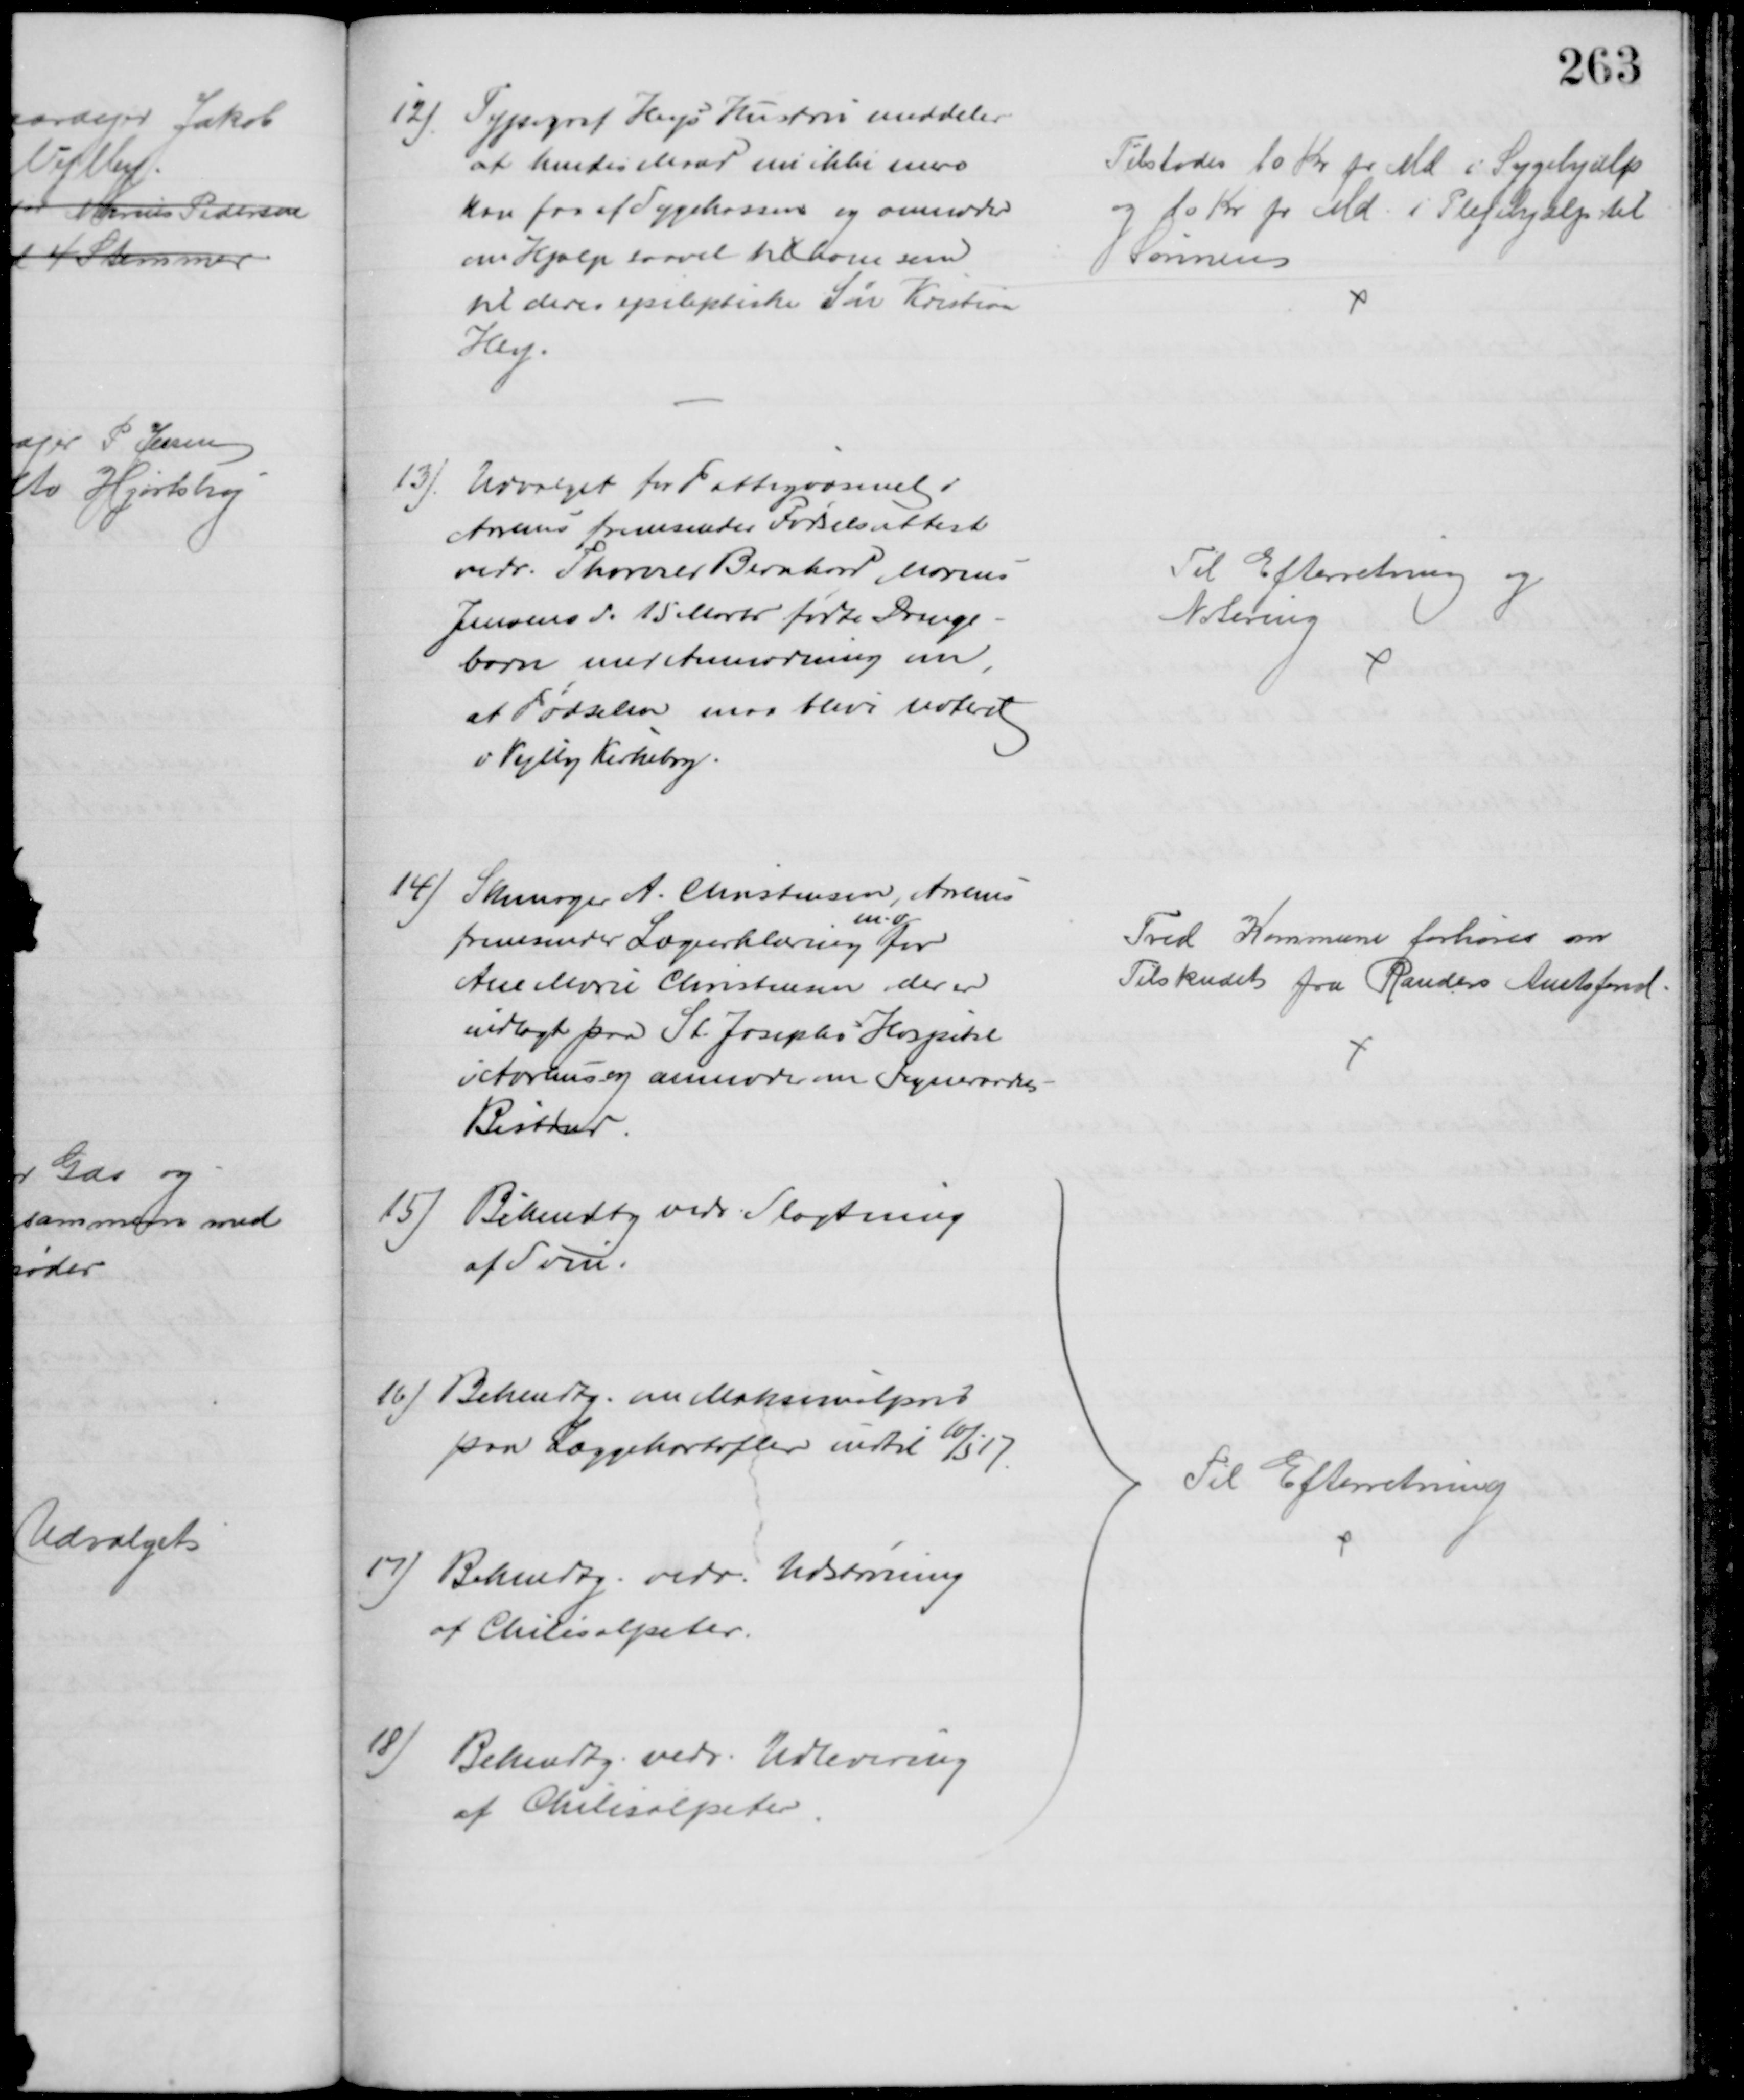
Transskription:
12) Typograf Heys Hustru meddeler
at hendes Mand nu ikke mere
kan faa af Sygekassen og anmoder
om Hjælp saavel til ham som
til deres epileptiske Søn Kirstian 
Hey.
Tilstodes 10 Kr pr Md i Sygehjælp
og 10 Kr pr Md i Plejehjælp til
Sønnen
13). Udvalget for Fattigvæsenet i
Aarhus fremsender Fødselsattest
vedr. Thorvald Bernhard Marius
Jensens d. 15 Marts fødte Drenge-
barn med Anmodning om,
at Fødselen maa blive noteret
i Vejlby Kirkebog
Til Efterretning og
Notering
14) Skomager A. Christensen, Aarhus
fremsender Lægeerklæring 
m.v.
for
Ane Marie Christensen, der er
indlagt paa St. Josephs Hospital
i Aarhus og anmoder om Sogneraadets
Bistand
Tved Kommune forhøres om
Tilskudet fra Randers Amtsfond
15)
Bekendtg vedr. Slagtning
af Svin.
16) Bekendtg. om Maksimalpris
paa Læggekartofler indtil 10/5 17
17) Bekendg. vedr. Udstrøning
af Chilesalpeter.
18) Bekendtg. vedr. Udlevering
af Chilesalpeter
 Til Efterretning